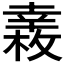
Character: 𢆧